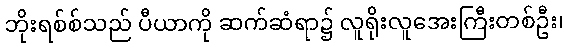
ဘိုးရစ်စ်သည် ပီယာကို ဆက်ဆံရာ၌ လူရိုးလူအေးကြီးတစ်ဦး၊